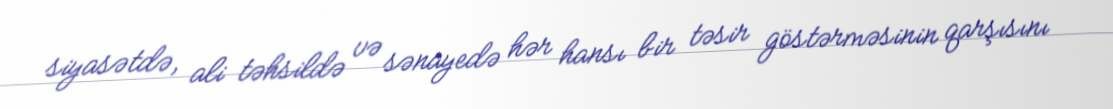
siyasətdə, ali təhsildə və sənayedə hər hansı bir təsir göstərməsinin qarşısını